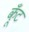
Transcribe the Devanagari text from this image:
कूँट